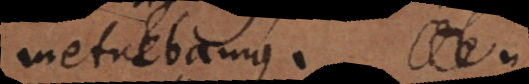
metuebamus. +)